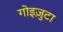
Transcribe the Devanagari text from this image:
गोइज़ुटा